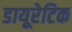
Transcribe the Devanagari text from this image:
डायूरेटिक